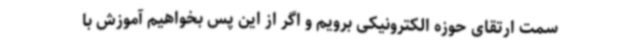
سمت ارتقای حوزه الکترونیکی برویم و اگر از این پس بخواهیم آموزش با